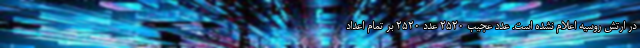
در ارتش روسیه اعلام نشده است. عدد عجیب 2520 عدد ۲۵۲۰ بر تمام اعداد